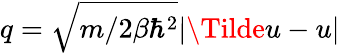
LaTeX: q=\sqrt{m/2\beta\hbar^{2}}|\Tilde{u}-u|